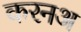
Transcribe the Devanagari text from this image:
करनअ